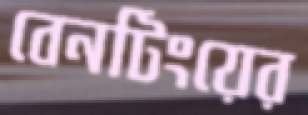
বেনটিংয়ের